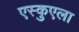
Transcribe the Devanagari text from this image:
एस्कुएला